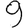
Digit: 9